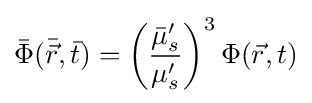
{\bar {\Phi }}({\bar {\vec {r}}},{\bar {t}})=\left({\frac {{\bar {\mu }}_{s}'}{\mu _{s}'}}\right)^{3}\Phi ({\vec {r}},t)